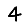
Digit: 4